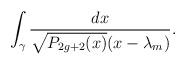
LaTeX: \begin{align*}\int_{\gamma} {dx\over\sqrt{P_{2g+2}(x)}(x-\lambda_m)}.\end{align*}